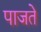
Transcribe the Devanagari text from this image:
पाजते